Indian journal of veterinary science and animal husbandry - Volume 6,
Year: 1936
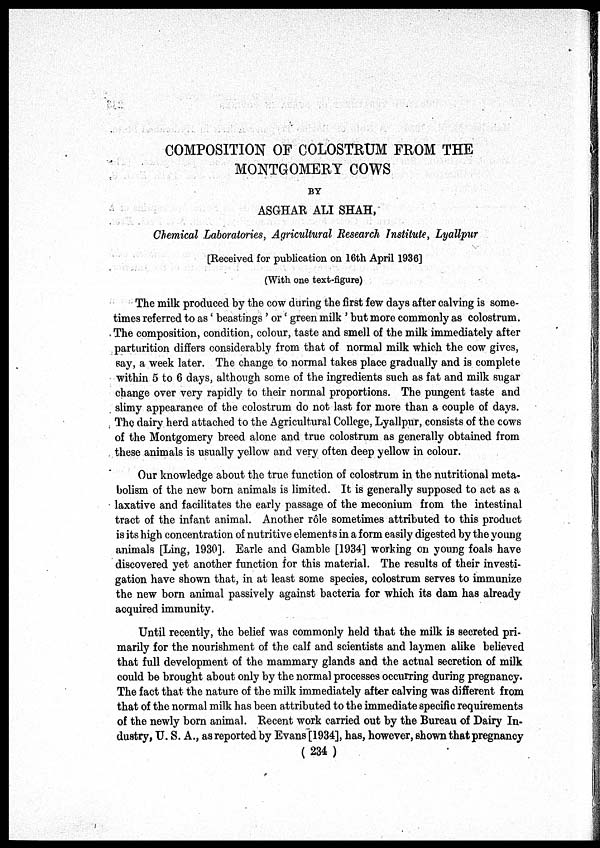
COMPOSITION OF COLOSTRUM FROM THE
MONTGOMERY COWS
BY
ASGHAR ALI SHAH,
Chemical Laboratories, Agricultural Research Institute, Lyallpur
[Received for publication on 16th April 1936]
(With one text-figure)
The milk produced by the cow during the first few days after calving is some-
times referred to as' beastings ' or' green milk ' but more commonly as colostrum.
The composition, condition, colour, taste and smell of the milk immediately after
parturition differs considerably from that of normal milk which the cow gives,
say, a week later. The change to normal takes place gradually and is complete
within 5 to 6 days, although some of the ingredients such as fat and milk sugar
change over very rapidly to their normal proportions. The pungent taste and
slimy appearance of the colostrum do not last for more than a couple of days.
The dairy herd attached to the Agricultural College, Lyallpur, consists of the cows
of the Montgomery breed alone and true colostrum as generally obtained from
these animals is usually yellow and very often deep yellow in colour.
Our knowledge about the true function of colostrum in the nutritional meta-
bolism of the new born animals is limited. It is generally supposed to act as a
laxative and facilitates the early passage of the meconium from the intestinal
tract of the infant animal. Another rôle sometimes attributed to this product
is its high concentration of nutritive elements in a form easily digested by the young
animals [Ling, 1930]. Earle and Gamble [1934] working on young foals have
discovered yet another function for this material. The results of their investi-
gation have shown that, in at least some species, colostrum serves to immunize
the new born animal passively against bacteria for which its dam has already
acquired immunity.
Until recently, the belief was commonly held that the milk is secreted pri-
marily for the nourishment of the calf and scientists and laymen alike believed
that full development of the mammary glands and the actual secretion of milk
could be brought about only by the normal processes occurring during pregnancy.
The fact that the nature of the milk immediately after calving was different from
that of the normal milk has been attributed to the immediate specific requirements
of the newly born animal. Recent work carried out by the Bureau of Dairy In-
dustry, U. S. A., as reported by Evans [1934], has, however, shown that pregnancy
( 234 )